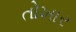
તોખાર